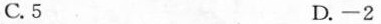
C. 5 D. -2